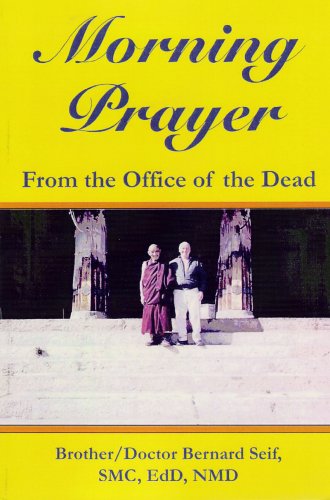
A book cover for Morning Prayer: From the Office of the Dead; Bernard Seif; Religion & Spirituality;